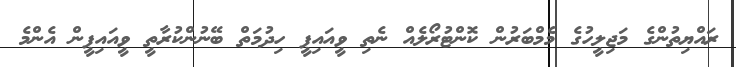
ރައްޔިތުންގެ މަޖިލީހުގެ މެމްބަރުން ކޮންޓުރޯލެއް ނެތި ވީއައިޕީ ހިދުމަތް ބޭނުންކުރާތީ ވީއައިޕީން އެންމެ